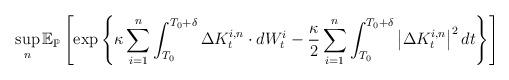
LaTeX: \begin{align*}\sup _{n} \mathbb{E}_{\mathbb{P}}\left[\exp \left\{\kappa \sum_{i=1}^{n} \int_{T_{0}}^{T_{0}+\delta} \Delta K_{t}^{i,n} \cdot d W_{t}^{i}-\frac{\kappa}{2}\sum_{i=1}^n \int_{T_{0}}^{T_{0}+\delta}\left|\Delta K_{t}^{i, n}\right|^{2} d t\right\}\right]\end{align*}